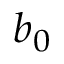
b _ { 0 }